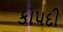
કાપદી